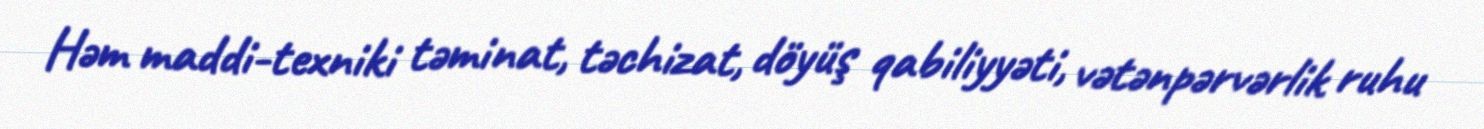
Həm maddi-texniki təminat, təchizat, döyüş qabiliyyəti, vətənpərvərlik ruhu